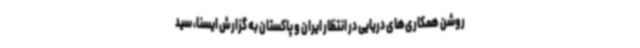
روشن همکاری‌های دریایی در انتظار ایران و پاکستان به گزارش ایسنا، سید